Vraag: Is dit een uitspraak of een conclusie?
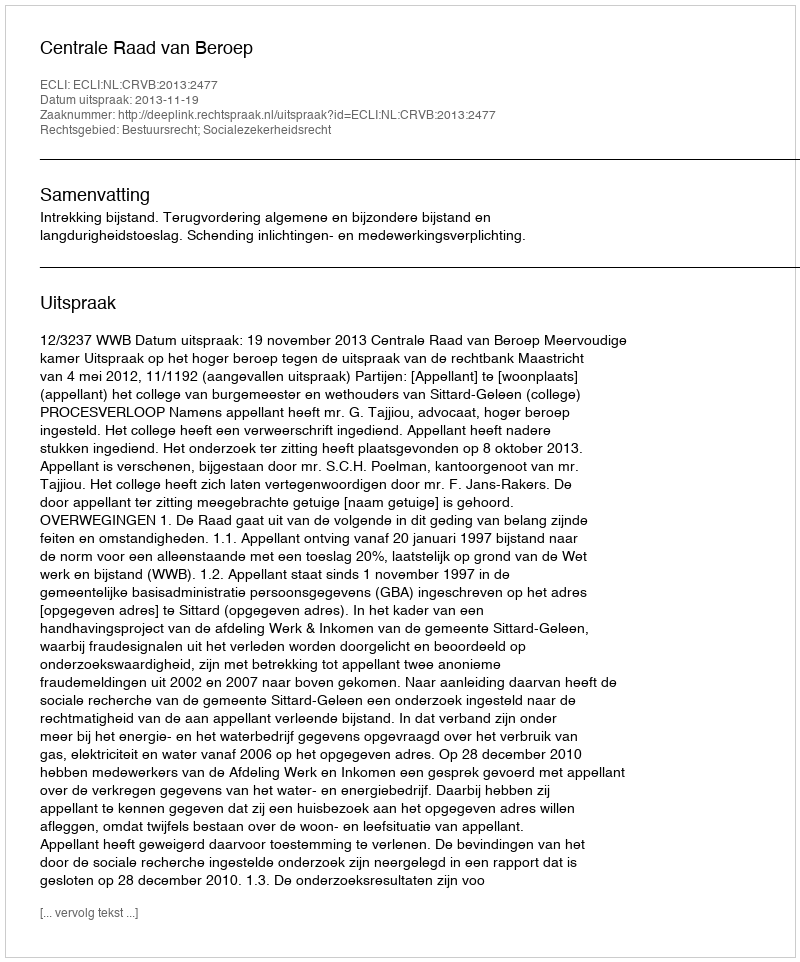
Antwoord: Uitspraak